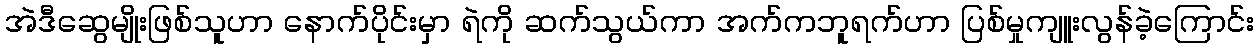
အဲဒီဆွေမျိုးဖြစ်သူဟာ နောက်ပိုင်းမှာ ရဲကို ဆက်သွယ်ကာ အက်ကဘူရက်ဟာ ပြစ်မှုကျူးလွန်ခဲ့ကြောင်း